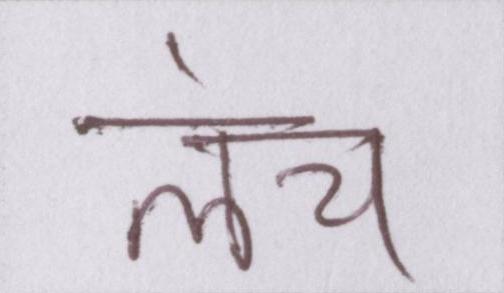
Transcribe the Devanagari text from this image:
लंच